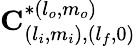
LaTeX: \mathbf{C}_{(l_{i},m_{i}),(l_{f},0)}^{*(l_{o},m_{o})}